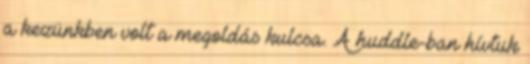
a kezünkben volt a megoldás kulcsa. A huddle-ban hívtuk